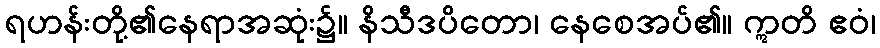
ရဟန်းတို့၏နေရာအဆုံး၌။ နိသီဒပိတော၊ နေစေအပ်၏။ ဣတိ ဧဝံ၊